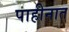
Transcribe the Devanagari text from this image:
पाहीनात